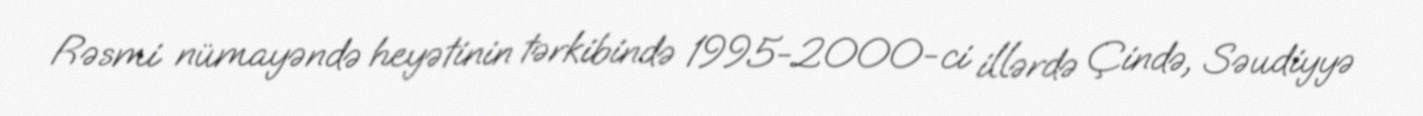
Rəsmi nümayəndə heyətinin tərkibində 1995-2000-ci illərdə Çində, Səudiyyə